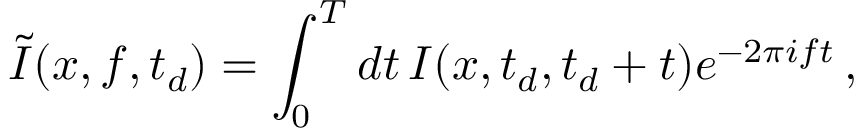
\tilde { I } ( x , f , t _ { d } ) = \int _ { 0 } ^ { T } d t \, I ( x , t _ { d } , t _ { d } + t ) e ^ { - 2 \pi i f t } \, ,